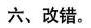
六、改错。